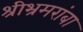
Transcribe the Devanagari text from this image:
श्रीभ्रमरांबा